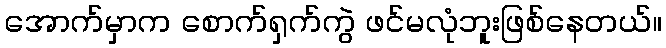
အောက်မှာက စောက်ရှက်ကွဲ ဖင်မလုံဘူးဖြစ်နေတယ်။